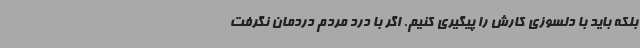
بلکه باید با دلسوزی کارش را پیگیری کنیم. اگر با درد مردم دردمان نگرفت